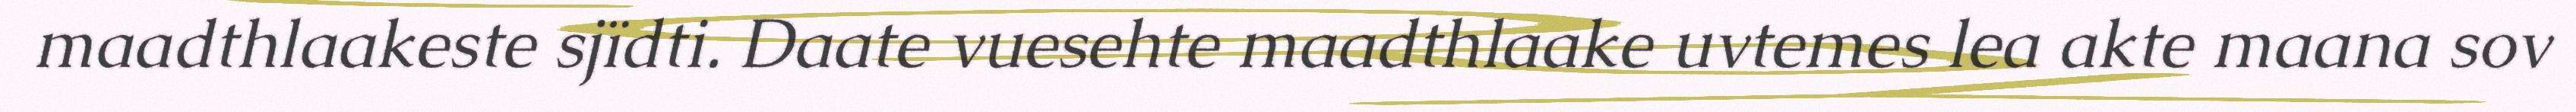
maadthlaakeste sjïdti. Daate vuesehte maadthlaake uvtemes lea akte maana sov